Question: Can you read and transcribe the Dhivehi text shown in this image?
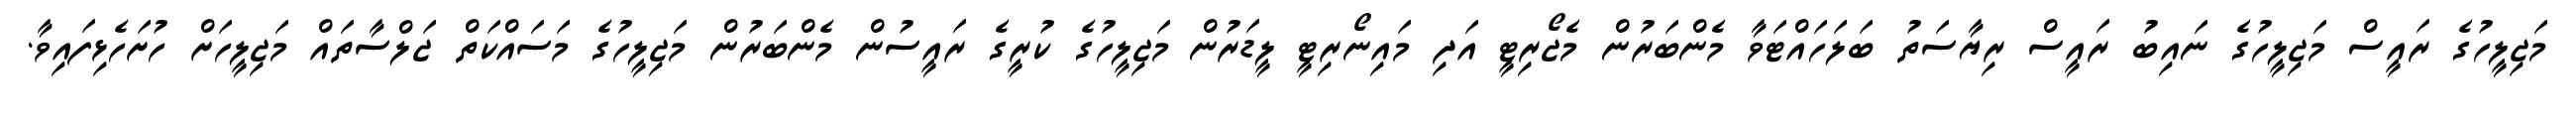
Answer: މަޖިލީހުގެ ރައީސް މަޖިލީހުގެ ނައިބު ރައީސް ރިޔާސަތު ބަލަހައްޓަވާ މެންބަރުން މެޖޯރިޓީ އަދި މައިނޯރިޓީ ލީޑަރުން މަޖިލީހުގެ ކުރީގެ ރައީސުން މެންބަރުން މަޖިލީހުގެ މަސައްކަތް ޖަލްސާތައް މަޖިލީހަށް ހުށަހެޅިފައިވާ.